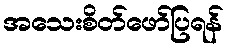
အသေးစိတ်ဖော်ပြရန်